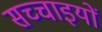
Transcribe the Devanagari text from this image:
सच्‍चाइयों